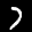
Label: 7